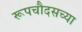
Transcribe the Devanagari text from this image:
रूपचौदसच्या